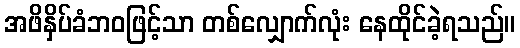
အဖိနှိပ်ခံဘဝဖြင့်သာ တစ်လျှောက်လုံး နေထိုင်ခဲ့ရသည်။